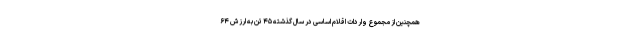
همچنین از مجموع واردات اقلام اساسی در سال گذشته ۴۵ تن به ارزش ۶۴